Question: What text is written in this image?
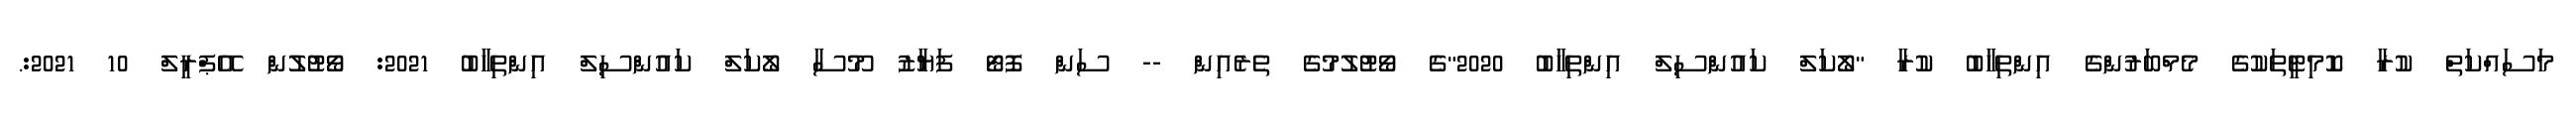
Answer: މަސައްކަތް ކުރާ ކޮމިޓީތަކުގެ މެމްބަރުންގެ އިންތިހާބު ކުރާ "ލޯކަލް ކައުންސިލް އިންތިހާބު 2020"ގެ ވޯޓުލުމުގެ ތެރެއިން -- ސަން ފޮޓޯ ފަޔާޒު މޫސާ ލޯކަލް ކައުންސިލް އިންތިހާބު 2021: ވޯޓުލުން އޭޕްރީލް 10 2021:.